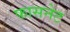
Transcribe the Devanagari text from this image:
फासनेट